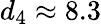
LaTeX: d_{4}\approx 8.3